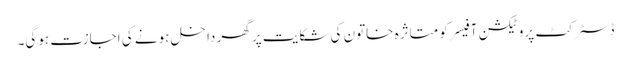
ڈسٹرکٹ پروٹیکشن آفیسر کو متاثرہ خاتون کی شکایت پر گھر داخل ہونے کی اجازت ہوگی۔